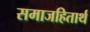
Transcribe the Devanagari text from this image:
समाजहितार्थ